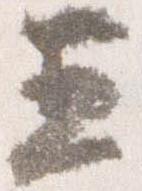
五